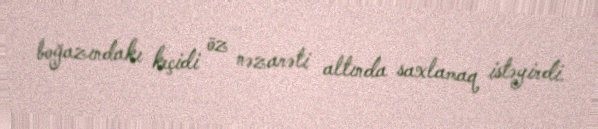
boğazındakı keçidi öz nəzarəti altında saxlamaq istəyirdi.